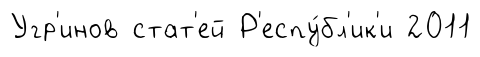
Угр'инов стат'ей Р'еспу́бл'ик'и 2011